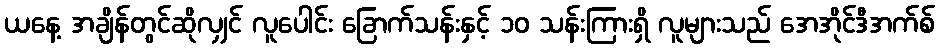
ယနေ့ အချိန်တွင်ဆိုလျှင် လူပေါင်း ခြောက်သန်းနှင့် ၁၀ သန်းကြားရှိ လူများသည် အေအိုင်ဒီအက်စ်